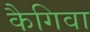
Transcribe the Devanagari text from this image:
कैगिवा